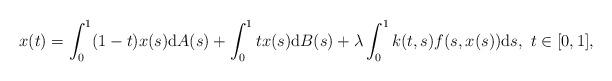
LaTeX: \begin{align*}x(t)=\int_0^1 (1-t)x(s)\textup dA(s) + \int_0^1 tx(s)\textup dB(s)+\lambda\int_0^1 k(t,s)f(s,x(s))\textup ds,\ t\in [0,1],\end{align*}